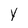
Character: Y